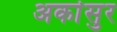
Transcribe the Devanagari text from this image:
अर्कासुर